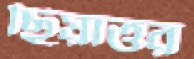
ছিয়াত্তর